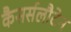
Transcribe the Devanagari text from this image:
कैसर्सलौटेन